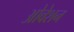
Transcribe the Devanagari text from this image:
ओवेशन